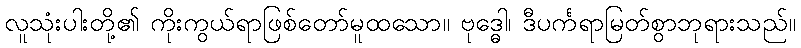
လူသုံးပါးတို့၏ ကိုးကွယ်ရာဖြစ်တော်မူထသော။ ဗုဒ္ဓေါ၊ ဒီပင်္ကရာမြတ်စွာဘုရားသည်။